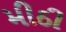
મીઠી